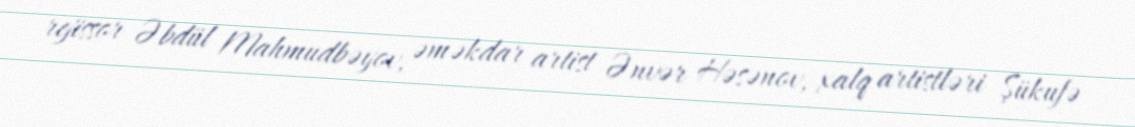
rejissor Əbdül Mahmudbəyov, əməkdar artist Ənvər Həsənov, xalq artistləri Şükufə